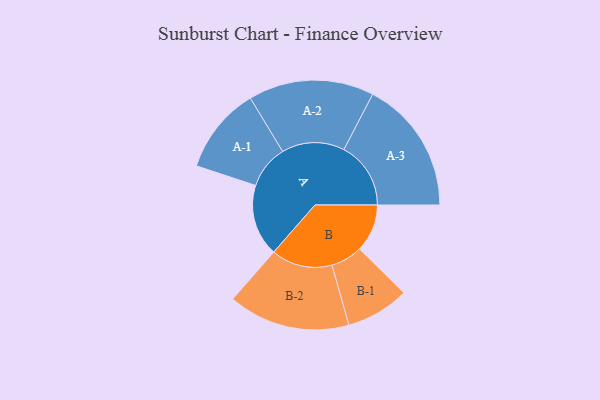
{"axis": {"x": "Segment", "y": "Value"}, "legend": ["", "A", "B"], "data": [{"x": "A", "y": 281, "type": ""}, {"x": "B", "y": 187, "type": ""}, {"x": "A-1", "y": 170, "type": "A"}, {"x": "A-2", "y": 246, "type": "A"}, {"x": "A-3", "y": 262, "type": "A"}, {"x": "B-1", "y": 124, "type": "B"}, {"x": "B-2", "y": 239, "type": "B"}]}